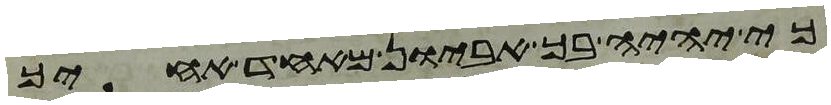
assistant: כי יהיה בך אביון מאחד אחיך